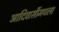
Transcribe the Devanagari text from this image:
आदिवासींमधला